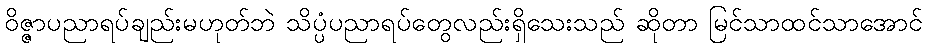
ဝိဇ္ဇာပညာရပ်ချည်းမဟုတ်ဘဲ သိပ္ပံပညာရပ်တွေလည်းရှိသေးသည် ဆိုတာ မြင်သာထင်သာအောင်